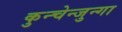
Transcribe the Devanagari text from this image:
कुन्चेन्जुन्गा